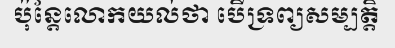
ប៉ុន្តែលោកយល់ថា បើទ្រព្យសម្បត្តិ